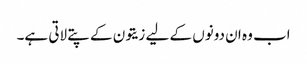
اب وہ ان دونوں کے لیے زیتون کے پتے لاتی ہے۔